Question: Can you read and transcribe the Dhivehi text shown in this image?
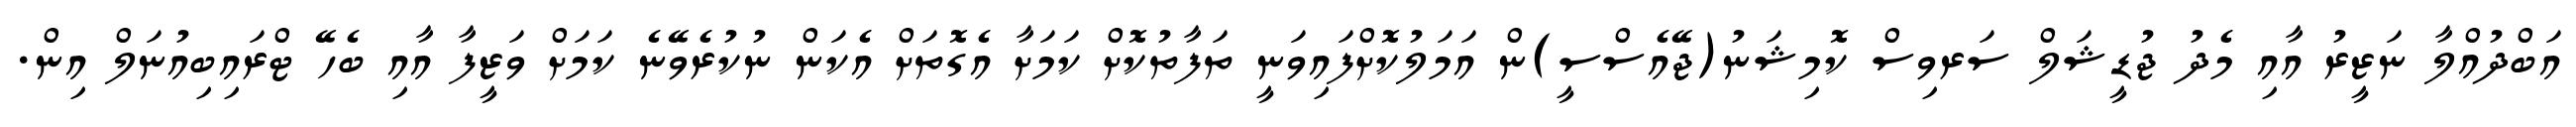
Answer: އަބްދުއްލާ ނަޒީރު އާއި މެދު ޖުޑީޝަލް ސަރވިސް ކޮމިޝަނު(ޖޭއެސްސީ)ން އަމަލުކޮށްފައިވަނީ ތަފާތުކޮށް ކަމަށާ އެގޮތަށް އެކަން ނުކުރެވޭނެ ކަމަށް ވަޒީފާ އާއި ބެހޭ ޓްރައިބިއުނަލް އިން.